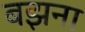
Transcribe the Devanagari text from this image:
बझना